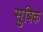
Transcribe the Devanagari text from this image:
सुबिक